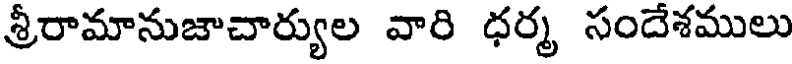
శ్రీరామానుజాచార్యుల వారి ధర్మ సందేశములు